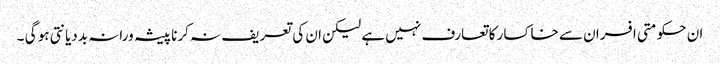
ان حکومتی افسران سے خاکسار کا تعارف نہیں ہے لیکن ان کی تعریف نہ کرنا پیشہ ورانہ بددیانتی ہو گی ۔